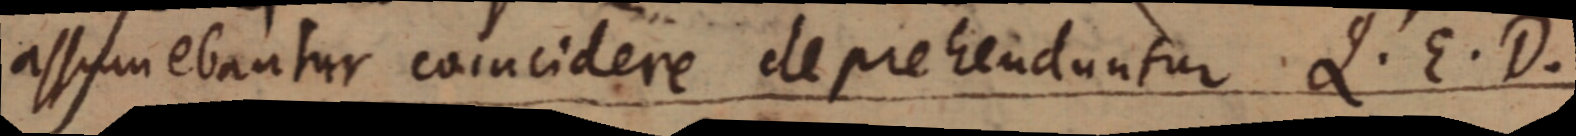
assumebantur coincidere deprehenduntur Q. E. D.